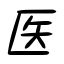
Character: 医